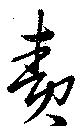
責